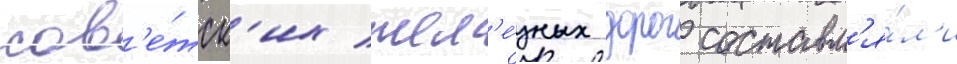
сов'е́тск'их жел'е́зных дорог составл'я́л'и